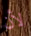
لأن